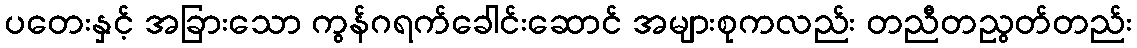
ပတေးနှင့် အခြားသော ကွန်ဂရက်ခေါင်းဆောင် အများစုကလည်း တညီတညွတ်တည်း